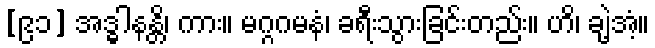
[၉၁] အဒ္ဓါနန္တိ၊ ကား။ မဂ္ဂဂမနံ၊ ခရီးသွားခြင်းတည်း။ ဟိ၊ ချဲ့အံ့။